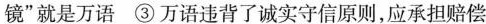
镜”就是万语③万语违背了诚实守信原则，应承担赔偿